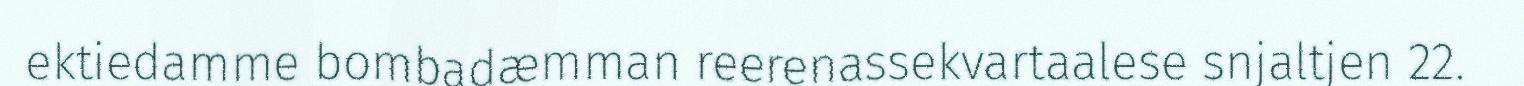
ektiedamme bombadæmman reerenassekvartaalese snjaltjen 22.